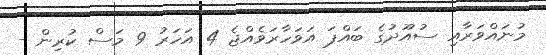
މުނައްވަރާއި ސުއޫދުގެ ބައްޕަ އަވަހާރަވެއްޖެ 4 އަހަރު 9 މަސް ކުރިން -